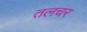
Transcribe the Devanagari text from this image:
तलचर